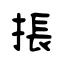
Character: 掁